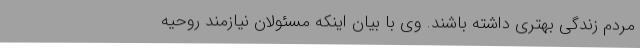
مردم زندگی بهتری داشته باشند. وی با بیان اینکه مسئولان نیازمند روحیه